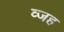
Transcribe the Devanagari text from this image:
व्जह